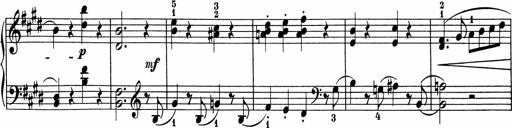
Title: 5 Sonatinen fÃ¼r die Jugend
Composer: Carl Reinecke